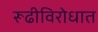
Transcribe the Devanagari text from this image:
रूढीविरोधात